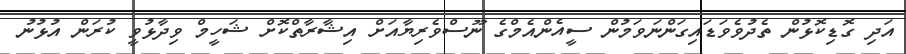
އަދި ގޮޑިކޮޅުން ތެދުވެވަޑައިގަންނަވަމުން ސީއެންއެމްގެ ނޫސްވެރިޔާއަށް އިޝާރާތްކޮށް ޝަހީމް ވިދާޅުވީ ކުރަން އުޅުނު